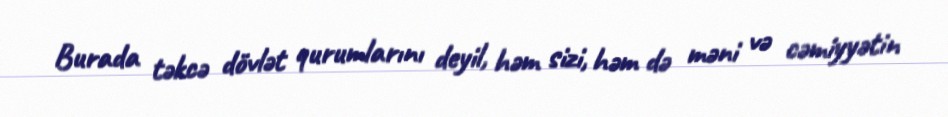
Burada təkcə dövlət qurumlarını deyil, həm sizi, həm də məni və cəmiyyətin